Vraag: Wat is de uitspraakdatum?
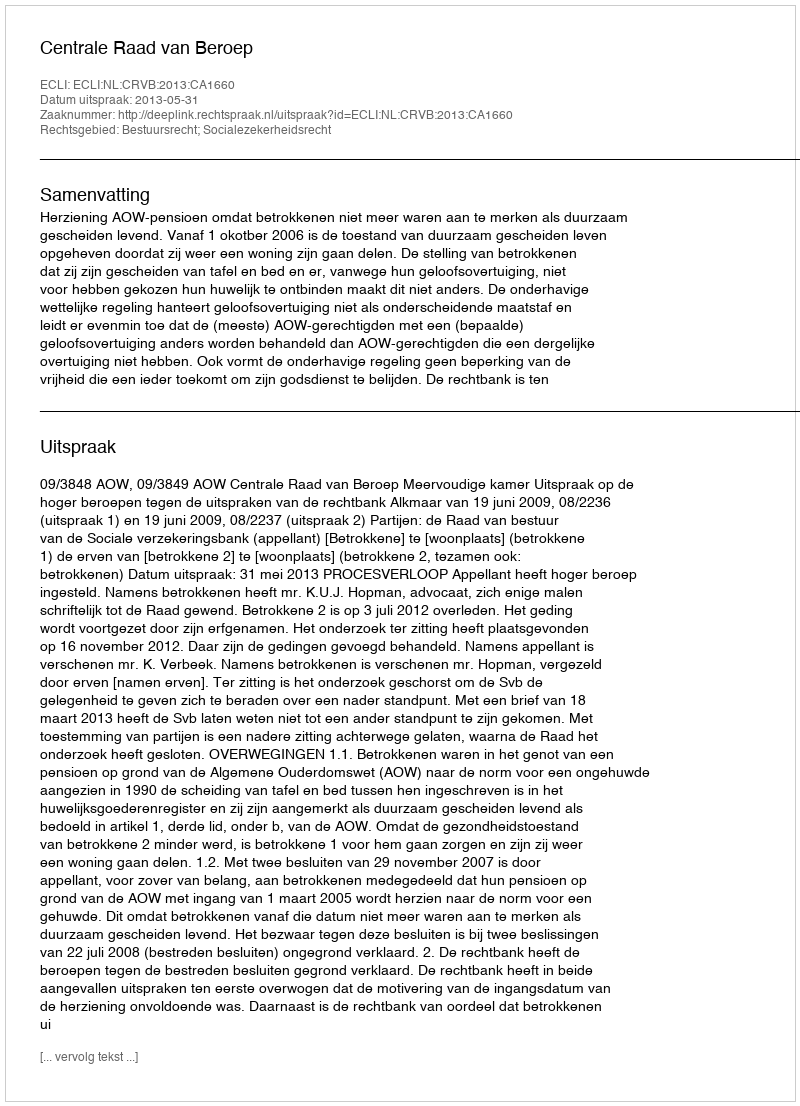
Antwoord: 2013-05-31